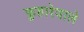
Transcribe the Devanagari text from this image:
फुहारेवाले